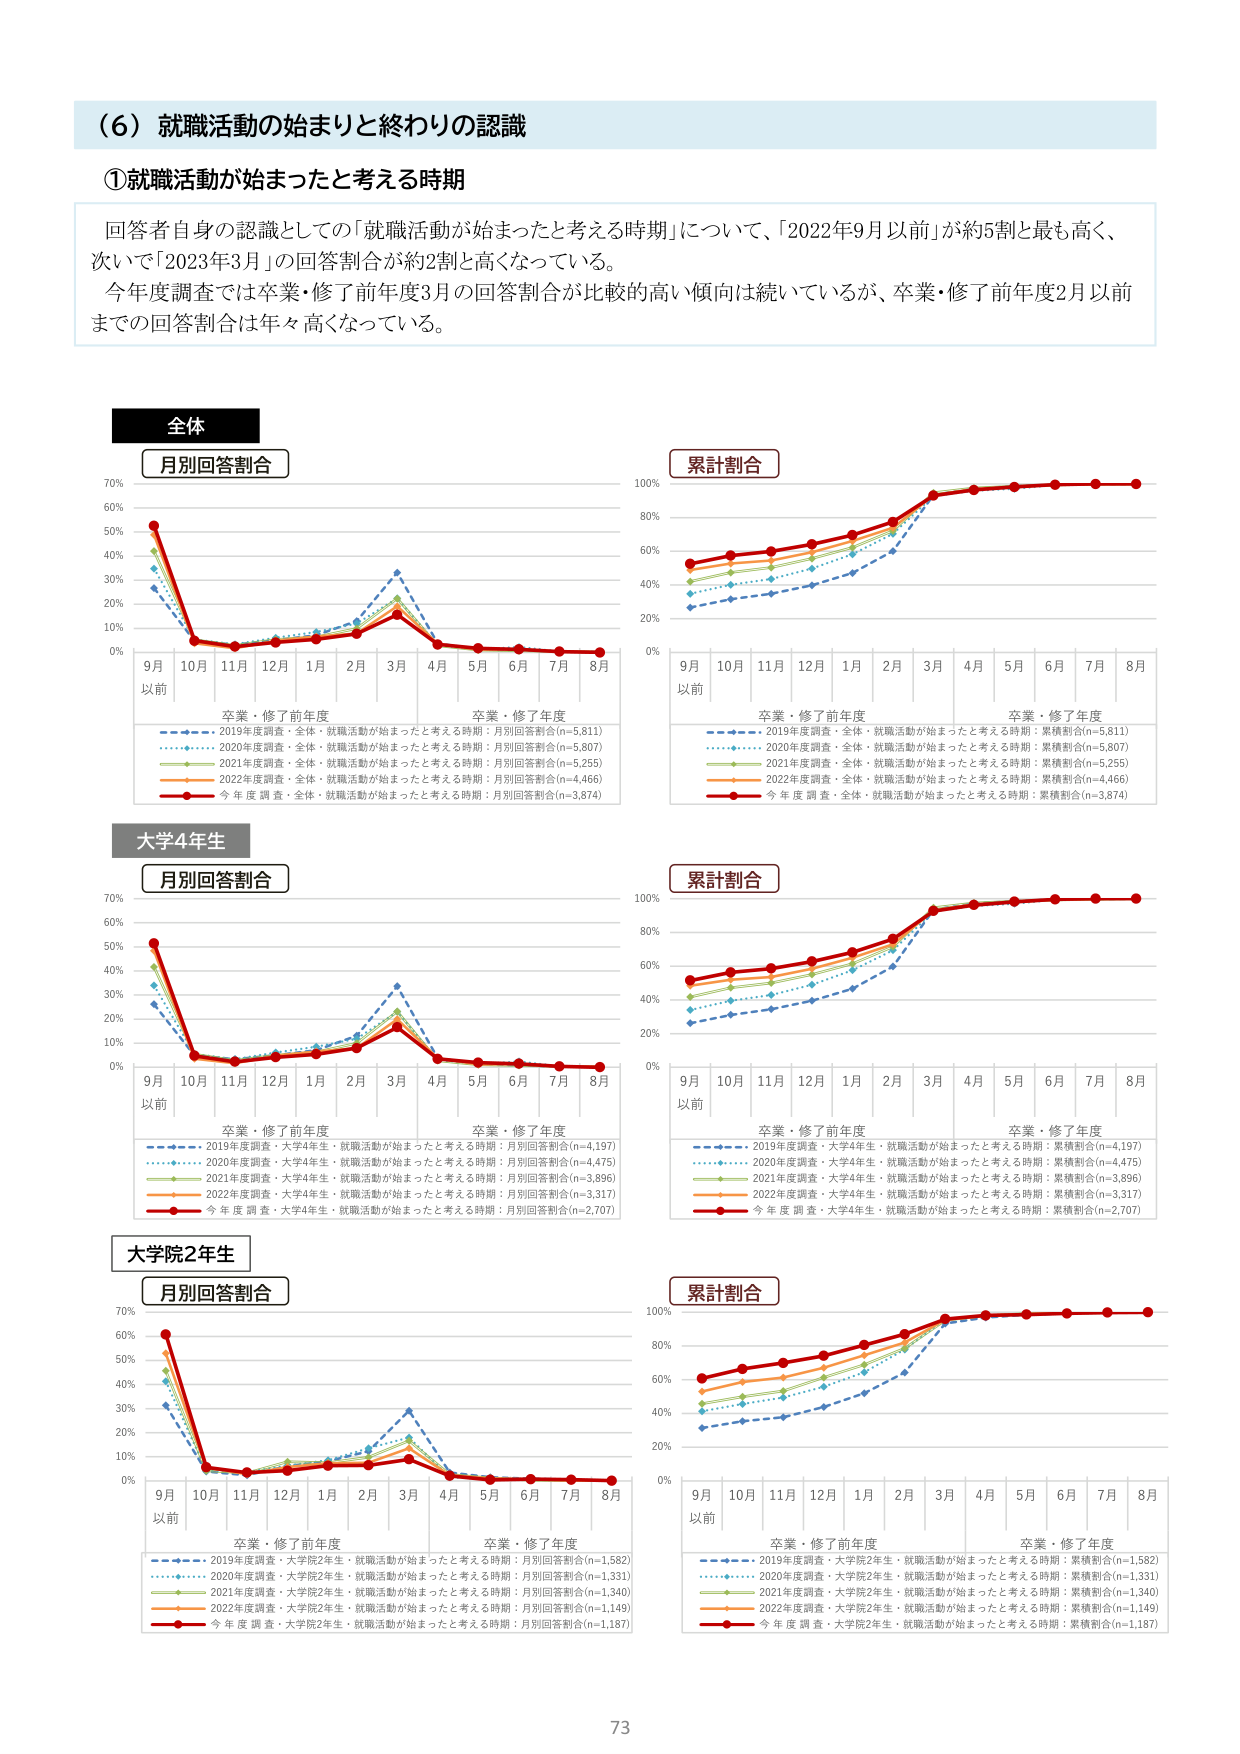
（６）就職活動の始まりと終わりの認識

①就職活動が始まったと考える時期

回答者自身の認識としての「就職活動が始まったと考える時期」について、「2022年9月以前」が約5割と最も高く、次いで「2023年3月」の回答割合が約2割と高くなっている。
今年度調査では卒業・修了前年度3月の回答割合が比較的高い傾向は続いているが、卒業・修了前年度2月以前までの回答割合は年々高くなっている。

全体
月別回答割合
9月以前 10月 11月 12月 1月 2月 3月 4月 5月 6月 7月 8月
卒業・修了前年度 卒業・修了年度
2019年度調査・全体・就職活動が始まったと考える時期：月別回答割合(n=5,811)
2020年度調査・全体・就職活動が始まったと考える時期：月別回答割合(n=5,807)
2021年度調査・全体・就職活動が始まったと考える時期：月別回答割合(n=5,255)
2022年度調査・全体・就職活動が始まったと考える時期：月別回答割合(n=4,466)
今年度調査・全体・就職活動が始まったと考える時期：月別回答割合(n=3,874)

累計割合
9月以前 10月 11月 12月 1月 2月 3月 4月 5月 6月 7月 8月
卒業・修了前年度 卒業・修了年度
2019年度調査・全体・就職活動が始まったと考える時期：累積割合(n=5,811)
2020年度調査・全体・就職活動が始まったと考える時期：累積割合(n=5,807)
2021年度調査・全体・就職活動が始まったと考える時期：累積割合(n=5,255)
2022年度調査・全体・就職活動が始まったと考える時期：累積割合(n=4,466)
今年度調査・全体・就職活動が始まったと考える時期：累積割合(n=3,874)

大学4年生
月別回答割合
9月以前 10月 11月 12月 1月 2月 3月 4月 5月 6月 7月 8月
卒業・修了前年度 卒業・修了年度
2019年度調査・大学4年生・就職活動が始まったと考える時期：月別回答割合(n=4,197)
2020年度調査・大学4年生・就職活動が始まったと考える時期：月別回答割合(n=4,475)
2021年度調査・大学4年生・就職活動が始まったと考える時期：月別回答割合(n=3,896)
2022年度調査・大学4年生・就職活動が始まったと考える時期：月別回答割合(n=3,317)
今年度調査・大学4年生・就職活動が始まったと考える時期：月別回答割合(n=2,707)

累計割合
9月以前 10月 11月 12月 1月 2月 3月 4月 5月 6月 7月 8月
卒業・修了前年度 卒業・修了年度
2019年度調査・大学4年生・就職活動が始まったと考える時期：累積割合(n=4,197)
2020年度調査・大学4年生・就職活動が始まったと考える時期：累積割合(n=4,475)
2021年度調査・大学4年生・就職活動が始まったと考える時期：累積割合(n=3,896)
2022年度調査・大学4年生・就職活動が始まったと考える時期：累積割合(n=3,317)
今年度調査・大学4年生・就職活動が始まったと考える時期：累積割合(n=2,707)

大学院2年生
月別回答割合
9月以前 10月 11月 12月 1月 2月 3月 4月 5月 6月 7月 8月
卒業・修了前年度 卒業・修了年度
2019年度調査・大学院2年生・就職活動が始まったと考える時期：月別回答割合(n=1,582)
2020年度調査・大学院2年生・就職活動が始まったと考える時期：月別回答割合(n=1,331)
2021年度調査・大学院2年生・就職活動が始まったと考える時期：月別回答割合(n=1,340)
2022年度調査・大学院2年生・就職活動が始まったと考える時期：月別回答割合(n=1,149)
今年度調査・大学院2年生・就職活動が始まったと考える時期：月別回答割合(n=1,187)

累計割合
9月以前 10月 11月 12月 1月 2月 3月 4月 5月 6月 7月 8月
卒業・修了前年度 卒業・修了年度
2019年度調査・大学院2年生・就職活動が始まったと考える時期：累積割合(n=1,582)
2020年度調査・大学院2年生・就職活動が始まったと考える時期：累積割合(n=1,331)
2021年度調査・大学院2年生・就職活動が始まったと考える時期：累積割合(n=1,340)
2022年度調査・大学院2年生・就職活動が始まったと考える時期：累積割合(n=1,149)
今年度調査・大学院2年生・就職活動が始まったと考える時期：累積割合(n=1,187)

73